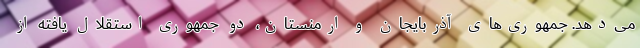
می‌دهد. جمهوری‌های آذربایجان و ارمنستان، دو جمهوری استقلال یافته از